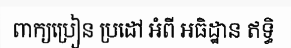
ពាក្យប្រៀន ប្រដៅ អំពី អធិដ្ឋាន ឥទ្ធិ